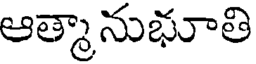
ఆత్మానుభూతి